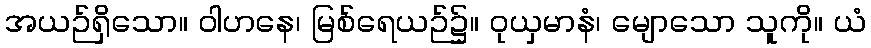
အယဉ်ရှိသော။ ဝါဟနေ၊ မြစ်ရေယဉ်၌။ ဝုယှမာနံ၊ မျောသော သူကို။ ယံ